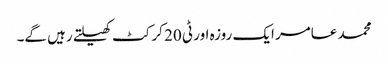
محمد عامر ایک روزہ اور ٹی 20 کرکٹ کھیلتے رہیں گے۔